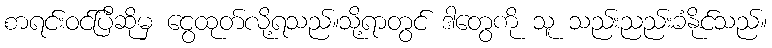
စာရင်းဝင်ပြီဆိုမှ ငွေထုတ်လို့ရသည်။သို့ရာတွင် ဒါတွေကို သူ သည်းညည်းခံနိုင်သည်။